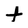
Character: t